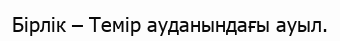
Бірлік – Темір ауданындағы ауыл.